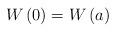
LaTeX: \begin{align*}W\left(0\right)=W\left(a\right)\end{align*}